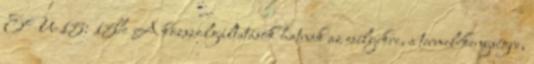
EU-15: 15% A közszolgáltatások hatnak az esélyekre, a termelékenységre,